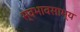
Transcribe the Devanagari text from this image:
स्वभावसाम्य